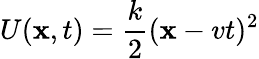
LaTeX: U(\mathbf{x},t)=\frac{k}{2}(\mathbf{x}-vt)^{2}